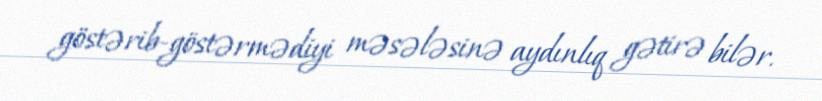
göstərib-göstərmədiyi məsələsinə aydınlıq gətirə bilər.